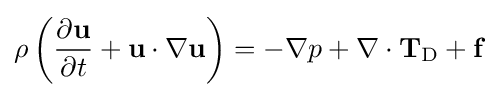
\rho \left({\frac {\partial \mathbf {u} }{\partial t}}+\mathbf {u} \cdot \nabla \mathbf {u} \right)=-\nabla p+\nabla \cdot \mathbf {T} _{\mathrm {D} }+\mathbf {f}